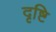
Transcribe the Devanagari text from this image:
दृष्टि